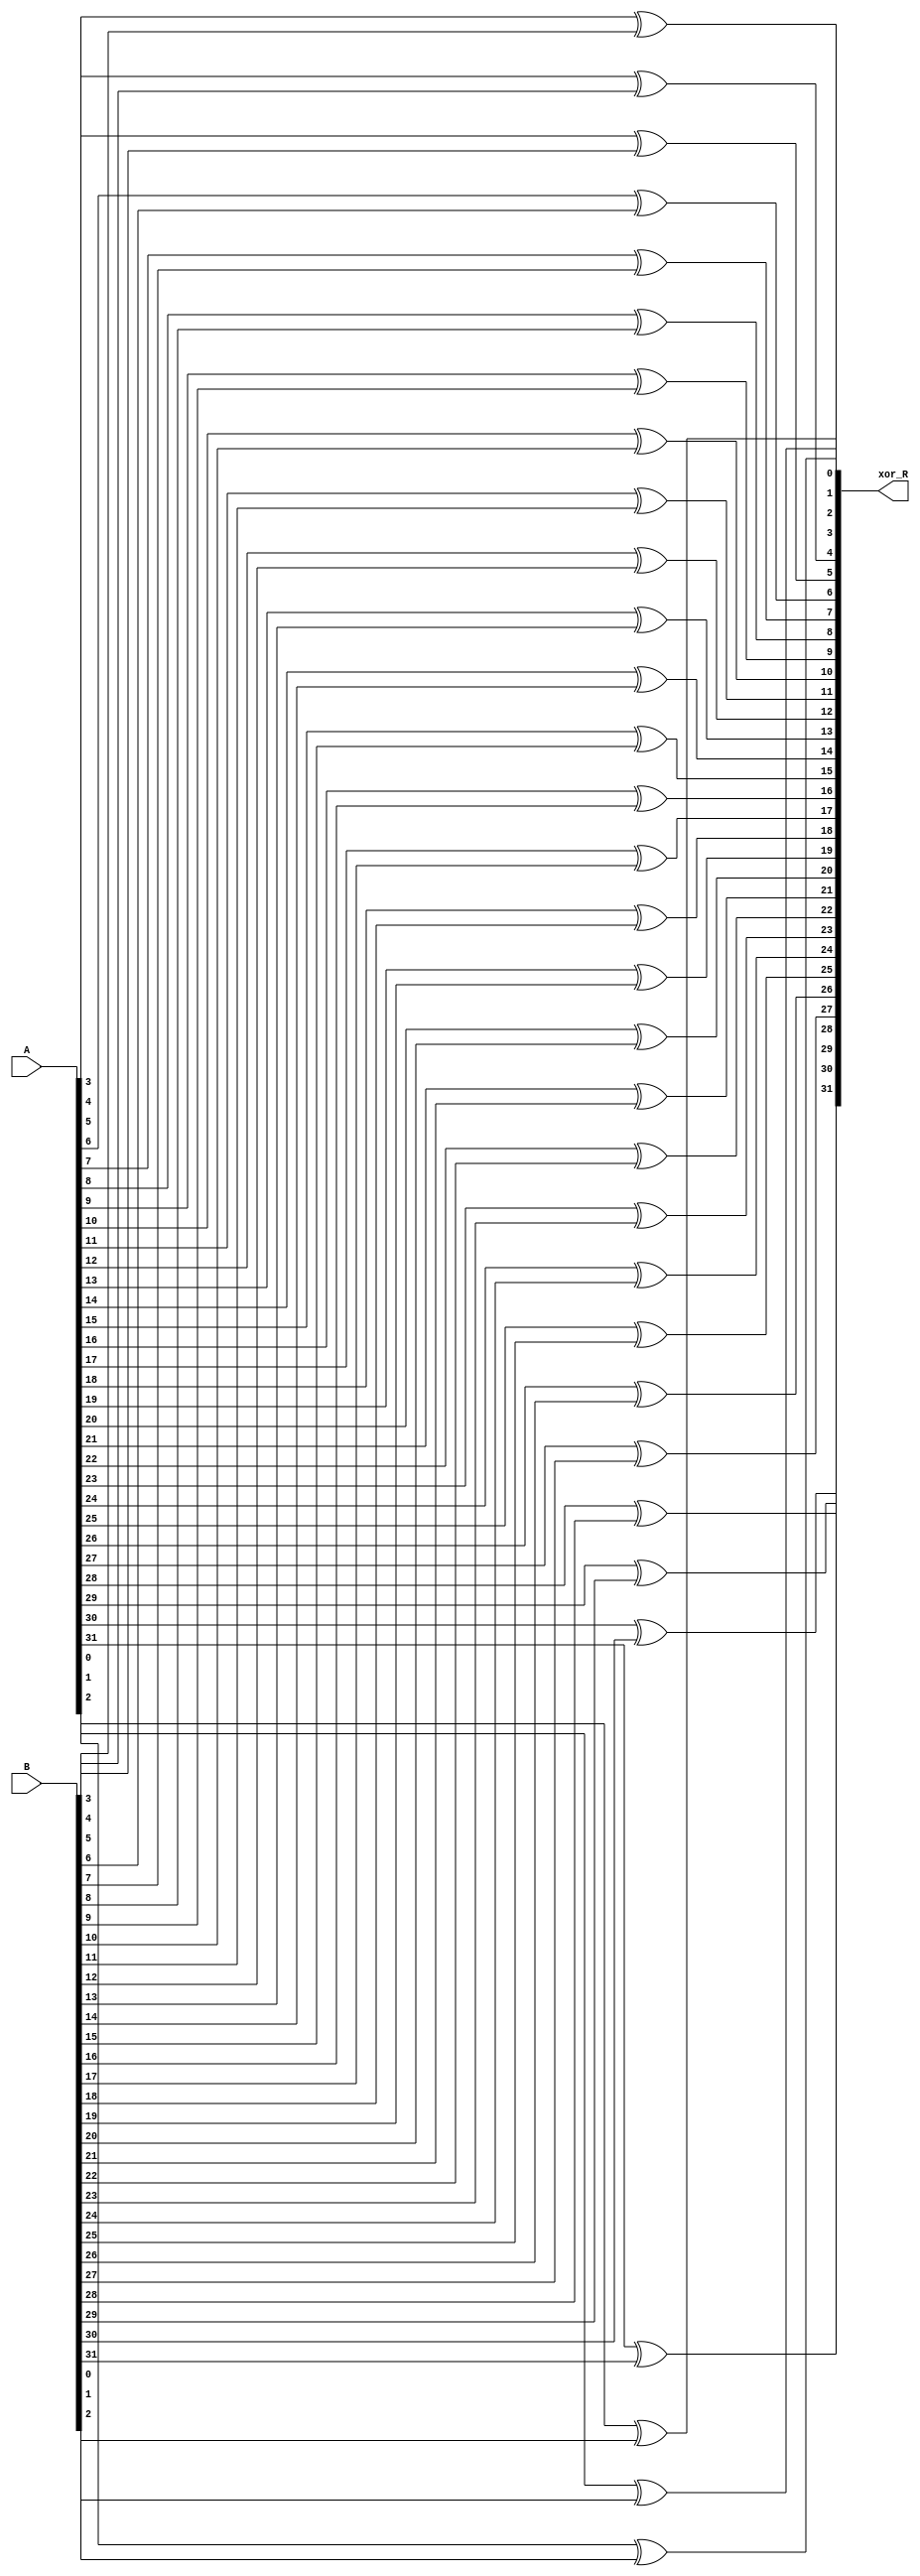
module xor_A_B(xor_R , A , B);

output [31:0] xor_R;
input [31:0] A,B;


xor xorOperation1(xor_R[0],A[0],B[0]);
xor xorOperation2(xor_R[1],A[1],B[1]);
xor xorOperation3(xor_R[2],A[2],B[2]);
xor xorOperation4(xor_R[3],A[3],B[3]);
xor xorOperation5(xor_R[4],A[4],B[4]);
xor xorOperation6(xor_R[5],A[5],B[5]);
xor xorOperation7(xor_R[6],A[6],B[6]);
xor xorOperation8(xor_R[7],A[7],B[7]);
xor xorOperation9(xor_R[8],A[8],B[8]);
xor xorOperation10(xor_R[9],A[9],B[9]);
xor xorOperation11(xor_R[10],A[10],B[10]);
xor xorOperation12(xor_R[11],A[11],B[11]);
xor xorOperation13(xor_R[12],A[12],B[12]);
xor xorOperation14(xor_R[13],A[13],B[13]);
xor xorOperation15(xor_R[14],A[14],B[14]);
xor xorOperation16(xor_R[15],A[15],B[15]);
xor xorOperation17(xor_R[16],A[16],B[16]);
xor xorOperation18(xor_R[17],A[17],B[17]);
xor xorOperation19(xor_R[18],A[18],B[18]);
xor xorOperation20(xor_R[19],A[19],B[19]);
xor xorOperation21(xor_R[20],A[20],B[20]);
xor xorOperation22(xor_R[21],A[21],B[21]);
xor xorOperation23(xor_R[22],A[22],B[22]);
xor xorOperation24(xor_R[23],A[23],B[23]);
xor xorOperation25(xor_R[24],A[24],B[24]);
xor xorOperation26(xor_R[25],A[25],B[25]);
xor xorOperation27(xor_R[26],A[26],B[26]);
xor xorOperation28(xor_R[27],A[27],B[27]);
xor xorOperation29(xor_R[28],A[28],B[28]);
xor xorOperation30(xor_R[29],A[29],B[29]);
xor xorOperation31(xor_R[30],A[30],B[30]);
xor xorOperation32(xor_R[31],A[31],B[31]);



endmodule